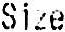
SIZE